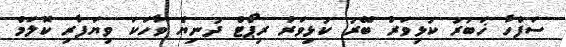
ސަފްހާ ޚަބަރު ކުޅިވަރު ބޭރު ކުޅިވަރު ރިޕޯޓް ދުނިޔެ ވާހަކަ ވިޔަފާރި ކޮލަމް